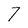
Character: 7